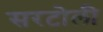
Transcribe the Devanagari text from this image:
सरटोली